Lunatic asylums United Provinces 1899-1908 - 1899-1908
Year: 1899
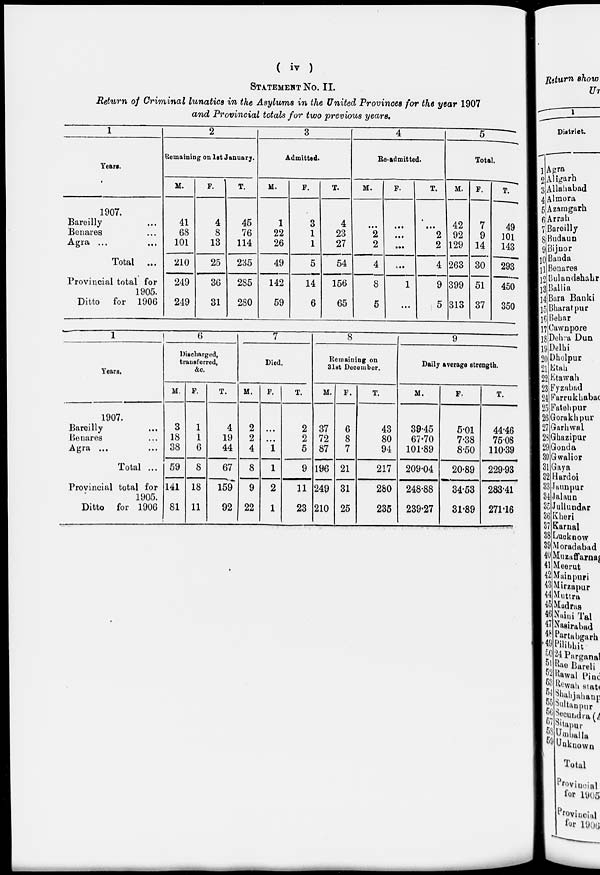
( iv )
STATEMENT No. II.
Return of Criminal lunatics in the Asylums in the United Provinces for the year 1907
and Provincial totals for two previous years.
1
Years.
1907.
Bareilly ...
Benares ...
Agra ... ...
Total ...
Provincial total for
1905.
Ditto for 1906
2
Remaining on 1st January.
M.
41
68
101
210
249
249
F.
4
8
13
25
36
31
T.
45
76
114
235
285
280
3
Admitted.
M.
1
22
26
49
142
59
F.
3
1
1
5
14
6
T.
4
23
27
54
156
65
4
Re-admitted.
M.
...
2
2
4
8
5
F.
...
...
...
...
1
...
T.
...
2
2
4
9
5
5
Total.
M.
42
92
129
263
399
313
F.
7
9
14
30
51
37
T.
49
101
143
293
450
350
1
Years.
1907.
Bareilly ...
Benares ...
Agra ... ...
Total ...
Provincial total for
1905.
Ditto for 1906
6
Discharged,
transferred,
&c.
M.
3
18
38
59
141
81
F.
1
1
6
8
18
11
T.
4
19
44
67
159
92
7
Died.
M.
2
2
4
8
9
22
F.
...
...
1
1
2
1
T.
2
2
5
9
11
23
8
Remaining on
31st December.
M.
37
72
87
196
249
210
F.
6
8
7
21
31
25
T.
43
80
94
217
280
235
9
Daily average strength.
M.
39.45
67.70
101.89
209.04
248.88
239.27
F.
5.01
7.38
8.50
20.89
34.53
31.89
T.
44.46
75.08
110.39
229.93
283.41
271.16